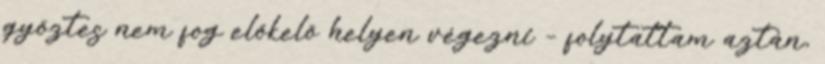
győztes nem fog előkelő helyen végezni – folytattam aztán,